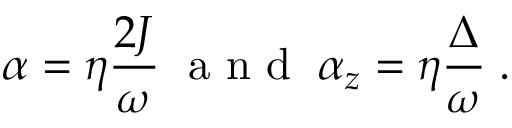
\alpha = \eta \frac { 2 J } { \omega } \; \mathrm { ~ a ~ n ~ d ~ } \; \alpha _ { z } = \eta \frac { \Delta } { \omega } \; .